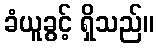
ခံယူခွင့် ရှိသည်။